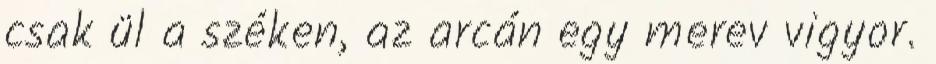
csak ül a széken, az arcán egy merev vigyor.